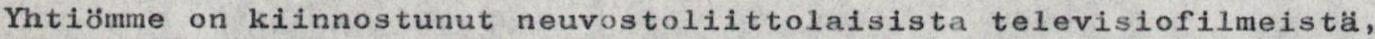
Yhtiömme on kiinnostunut neuvostoliittolaisista televisiofilmeistä,